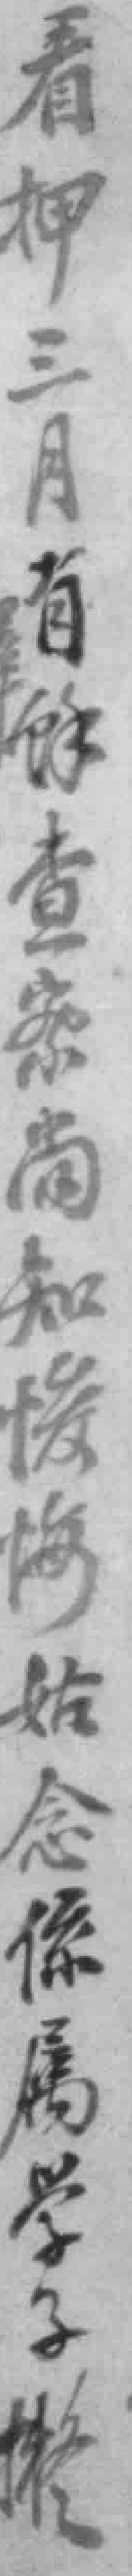
看押三月有馀查案知後悔始念係属学子擬